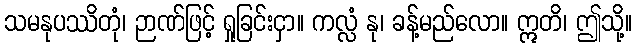
သမနုပဿိတုံ၊ ဉာဏ်ဖြင့် ရှုခြင်းငှာ။ ကလ္လံ နု၊ ခန့်မည်လော။ ဣတိ၊ ဤသို့။